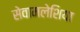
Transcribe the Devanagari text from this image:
सेवामलेशिया